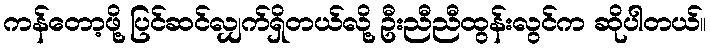
ကန်တော့ဖို့ ပြင်ဆင်လျှက်ရှိတယ်လို့ ဦးညီညီထွန်းလွင်က ဆိုပါတယ်။